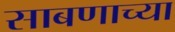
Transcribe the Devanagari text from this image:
साबणाच्या